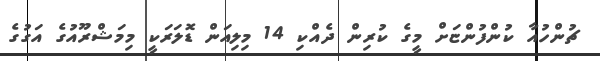
ޗުންހުއާ ކުންފުންޏަށް މީގެ ކުރިން ދެއްކި 14 މިލިއަން ޑޮލަރަކީ މިމަޝްރޫއުގެ އަގުގެ